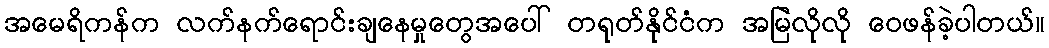
အမေရိကန်က လက်နက်ရောင်းချနေမှုတွေအပေါ် တရုတ်နိုင်ငံက အမြဲလိုလို ဝေဖန်ခဲ့ပါတယ်။